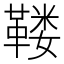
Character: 𱁺